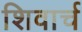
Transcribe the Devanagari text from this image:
शिवार्च